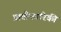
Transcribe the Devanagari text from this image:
प्रातीकारिकी